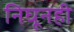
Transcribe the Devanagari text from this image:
निघूनही